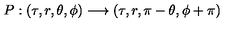
{ P : ( { \tau } , r , { \theta } , { \phi } ) \longrightarrow ( { \tau } , r , { \pi } - { \theta } , { \phi } + { \pi } ) }